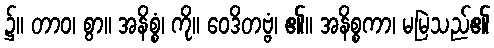
၌။ တာဝ၊ စွာ။ အနိစ္စံ၊ ကို။ ဝေဒိတဗ္ဗံ၊ ၏။ အနိစ္စကာ၊ မမြဲသည်၏